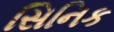
સિનિક